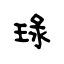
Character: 琭